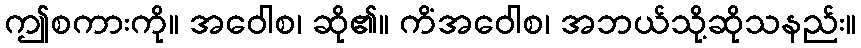
ဤစကားကို။ အဝေါစ၊ ဆို၏။ ကိံအဝေါစ၊ အဘယ်သို့ဆိုသနည်း။